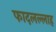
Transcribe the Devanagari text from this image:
फादलल्लाह